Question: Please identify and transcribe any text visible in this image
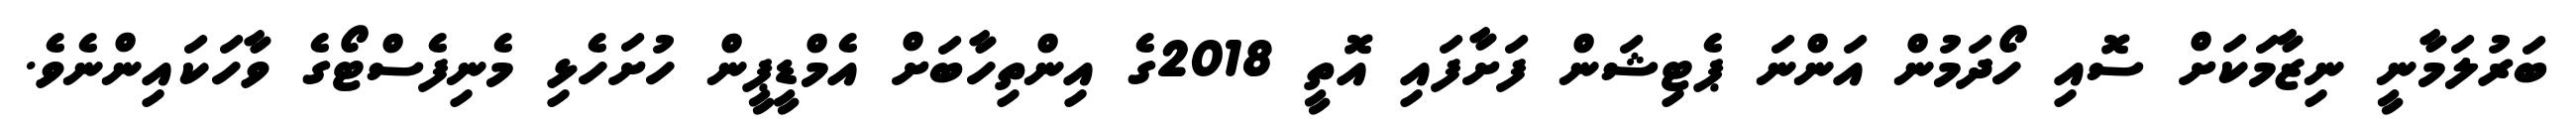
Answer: ބަރުލަމާނީ ނިޒާމަކަށް ސޮއި ހޯދަމުން އަންނަ ޕެޓިޝަން ފަށާފައި އޮތީ 2018ގެ އިންތިހާބަށް އެމްޑީޕީން ހުށަހެޅި މެނިފެސްޓޯގެ ވާހަކައިންނެވެ.